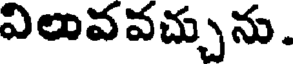
విలువవచ్చును.